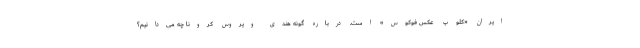
ایران «کلوپ عکس فوکوس» است. درباره گونه هندی ویروس کرونا چه می‌دانیم؟